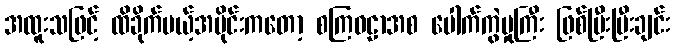
အထူးသဖြင့် ထိခိုက်မယ့်အပိုင်းကတော့ စကြဝဠာအစ ပေါက်ကွဲမှုကြီး ဖြစ်ပြီးပြီးချင်း